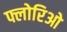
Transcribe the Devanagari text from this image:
फ्लोरिओ